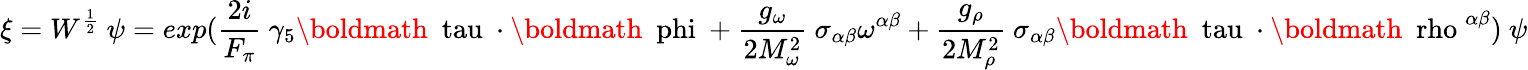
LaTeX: \xi=W^{\frac{1}{2}}~\psi=exp(\frac{2i}{F_{\pi}}~\gamma_{5}\mathrm{\boldmath~\ tau~}\cdot\mathrm{\boldmath~\ phi~}+\frac{g_{\omega}}{2M_{\omega}^{2}}~\sigma_{\alpha\beta}\omega^{\alpha\beta}+\frac{g_{\rho}}{2M_{\rho}^{2}}~\sigma_{\alpha\beta}\mathrm{\boldmath~\ tau~}\cdot\mathrm{\boldmath~\ rho~}^{\alpha\beta})~\psi